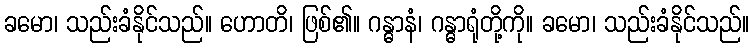
ခမော၊ သည်းခံနိုင်သည်။ ဟောတိ၊ ဖြစ်၏။ ဂန္ဓာနံ၊ ဂန္ဓာရုံတို့ကို။ ခမော၊ သည်းခံနိုင်သည်။